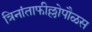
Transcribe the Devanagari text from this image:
त्रिनांताफील्लोपौळस